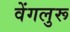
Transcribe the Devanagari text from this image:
वेंगलुरू